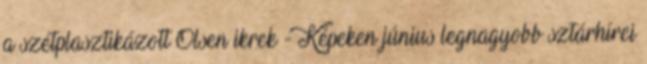
a szétplasztikázott Olsen ikrek - Képeken június legnagyobb sztárhírei